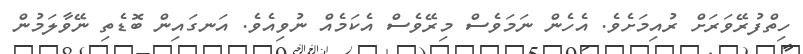
ހިތްފުރޭވަރަށް ރުއިމަށެވެ. އެހެން ނަމަވެސް މިރޭވެސް އެކަމެއް ނުވިއެވެ. އަނގައިން ބޮޑެތި ނޭވާލަމުން